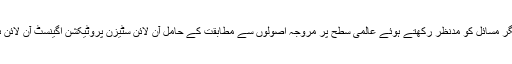
انہوں نے بتایا کہ پاکستانی عوام اور ان کے جذبات کو پہنچنے والی ٹھیس سمیت دیگر مسائل کو مدنظر رکھتے ہوئے عالمی سطح پر مروجہ اصولوں سے مطابقت کے حامل آن لائن سٹیزن پروٹیکشن اگینسٹ آن لائن ہارم 2020 کے نام سے سوشل میڈیا قوانین میں چند ترامیم متعارف کرائی گئی ہیں۔